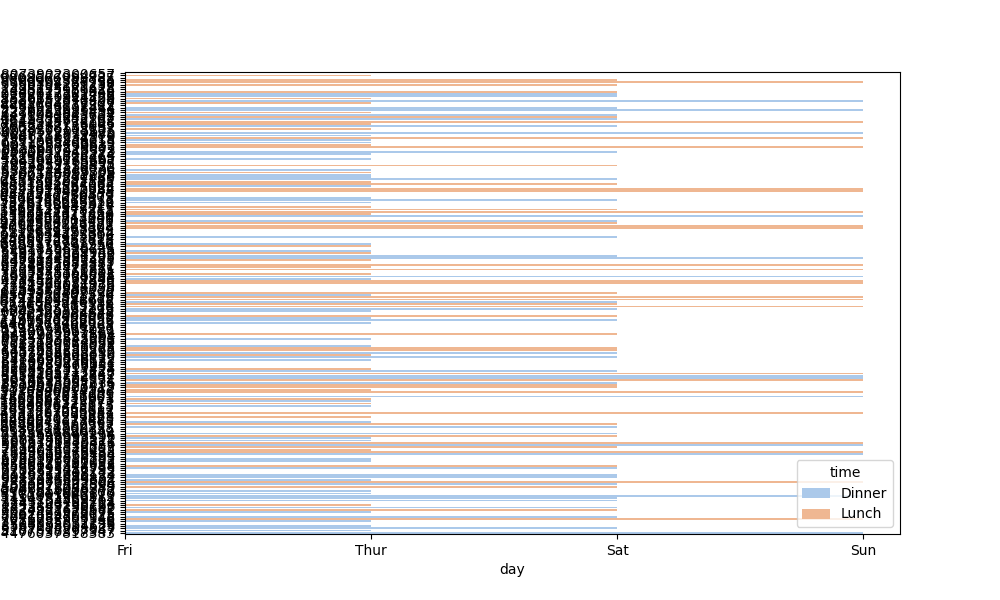
python, seaborn, barplot, hue='time', palette='pastel', ci=95, orient='h'